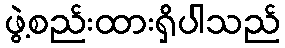
ဖွဲ့စည်းထားရှိပါသည်